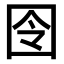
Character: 囹